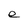
Character: e